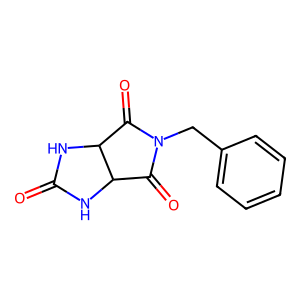
SMILES: O=C1NC2C(=O)N(Cc3ccccc3)C(=O)C2N1
Inhibits HIV replication: No